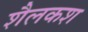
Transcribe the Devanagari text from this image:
शैलकश